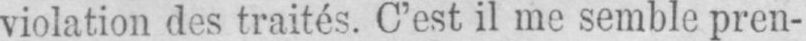
violation des traités. C’est il me semble pren-